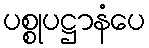
ပစ္စုပဋ္ဌာနံပေ